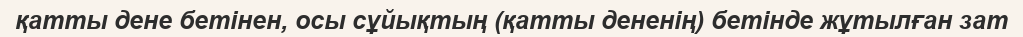
қатты дене бетінен, осы сұйықтың (қатты дененің) бетінде жұтылған зат